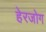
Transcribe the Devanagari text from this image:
हेरजोग